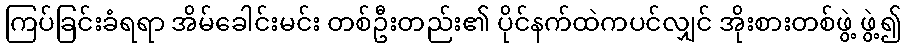
ကြပ်ခြင်းခံရရာ အိမ်ခေါင်းမင်း တစ်ဦးတည်း၏ ပိုင်နက်ထဲကပင်လျှင် အိုးစားတစ်ဖွဲ့ ဖွဲ့၍